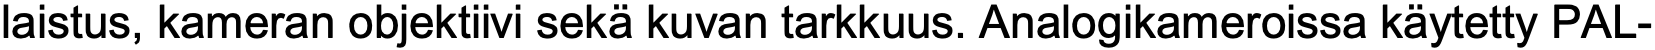
laistus, kameran objektiivi sekä kuvan tarkkuus. Analogikameroissa käytetty PAL-